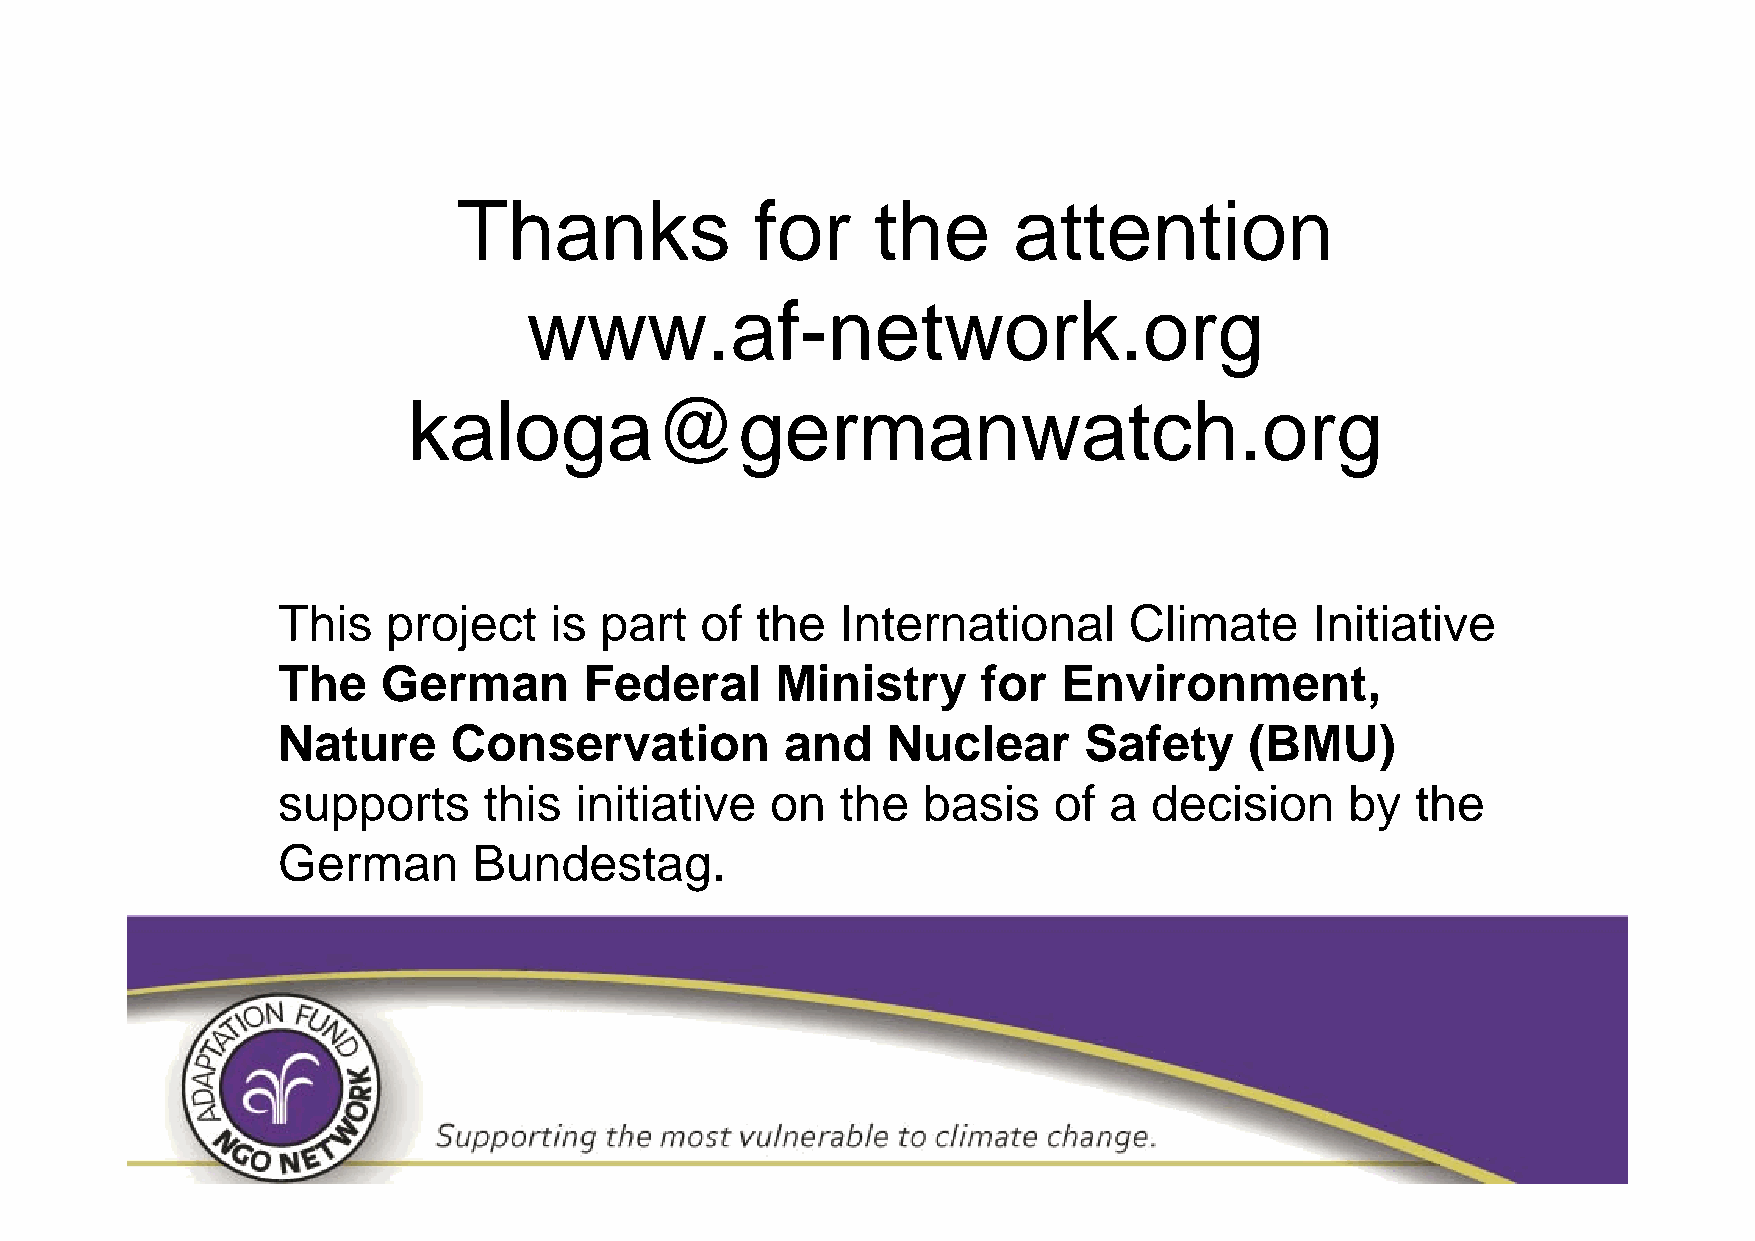
Thanks              for     the      attention
 www.af-network.org
 kaloga@germanwatch.org
 This    project   is  part  of  the   International      Climate     Initiative
 The    German        Federal     Ministry      for  Environment,
 Nature      Conservation          and    Nuclear      Safety     (BMU)
 supports      this  initiative   on   the  basis    of a  decision     by   the
 German       Bundestag.